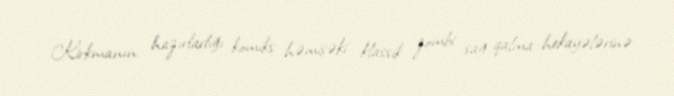
Kirkmanın hazırladığı komiks həmişəki klassik zombi sağ qalma hekayələrinə